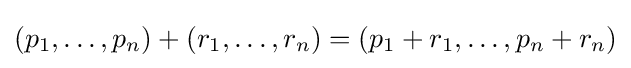
(p_{1},\ldots ,p_{n})+(r_{1},\ldots ,r_{n})=(p_{1}+r_{1},\ldots ,p_{n}+r_{n})